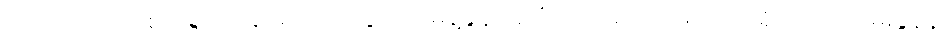
ဟောဒါက ဒေါ်စု ဝါရှင်တန် မှာ ပြောသွားတဲ့ မိန့်ခွန်းအပြီး အမေးအဖြေ ထဲက ရိုဟင်ဂျာ မေးခွန်နဲ့